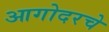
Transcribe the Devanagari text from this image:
आगोदरचे